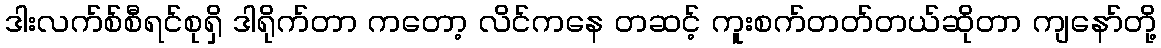
ဒါးလက်စ်စီရင်စုရှိ ဒါရိုက်တာ ကတော့ လိင်ကနေ တဆင့် ကူးစက်တတ်တယ်ဆိုတာ ကျနော်တို့